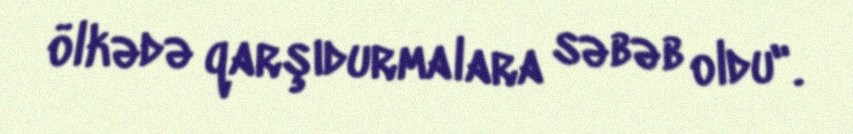
ölkədə qarşıdurmalara səbəb oldu".